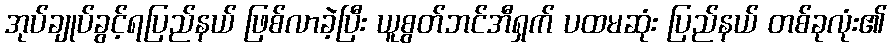
အုပ်ချုပ်ခွင့်ရပြည်နယ် ဖြစ်လာခဲ့ပြီး ယူစွတ်ဘင်အီရှက် ပထမဆုံး ပြည်နယ် တစ်ခုလုံး၏